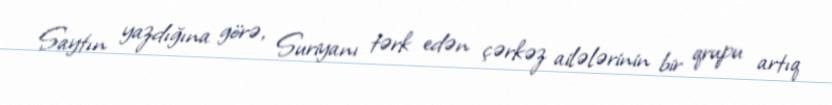
Saytın yazdığına görə, Suriyanı tərk edən çərkəz ailələrinin bir qrupu artıq